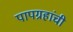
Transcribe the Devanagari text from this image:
पापग्रहांची